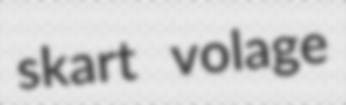
skart volage